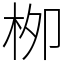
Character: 栁